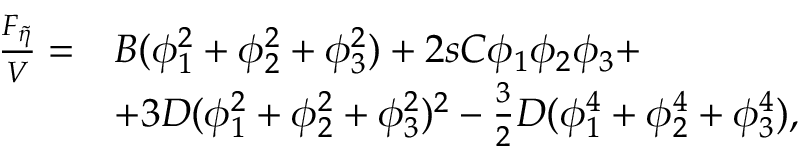
\begin{array} { r l } { \frac { F _ { \widetilde { \eta } } } { V } = } & { B ( \phi _ { 1 } ^ { 2 } + \phi _ { 2 } ^ { 2 } + \phi _ { 3 } ^ { 2 } ) + 2 s C \phi _ { 1 } \phi _ { 2 } \phi _ { 3 } + } \\ & { + 3 D ( \phi _ { 1 } ^ { 2 } + \phi _ { 2 } ^ { 2 } + \phi _ { 3 } ^ { 2 } ) ^ { 2 } - \frac { 3 } { 2 } D ( \phi _ { 1 } ^ { 4 } + \phi _ { 2 } ^ { 4 } + \phi _ { 3 } ^ { 4 } ) , } \end{array}